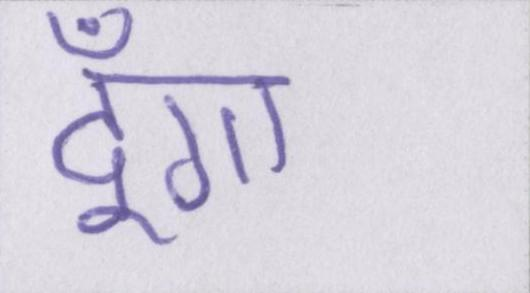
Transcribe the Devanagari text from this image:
दूँगा